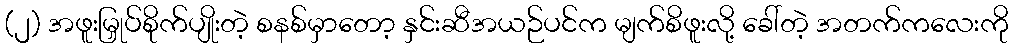
(၂) အဖူးမြှုပ်စိုက်ပျိုးတဲ့ စနစ်မှာတော့ နှင်းဆီအယဉ်ပင်က မျက်စိဖူးလို့ ခေါ်တဲ့ အတက်ကလေးကို